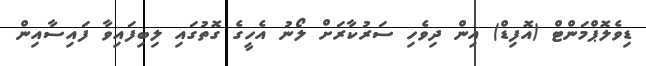
ޑިވެލޮޕްމަންޓް (އޮފިޑް) އިން ދިވެހި ސަރުކާރަށް ލޯނު އެހީގެ ގޮތުގައި ލިބިފައިވާ ފައިސާއިން